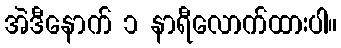
အဲဒီနောက် ၁ နာရီလောက်ထားပါ။